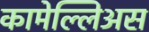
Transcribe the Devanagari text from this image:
कामेल्लिअस